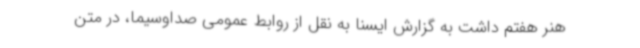
هنر هفتم داشت به گزارش ایسنا به نقل از روابط عمومی صداوسیما، در متن